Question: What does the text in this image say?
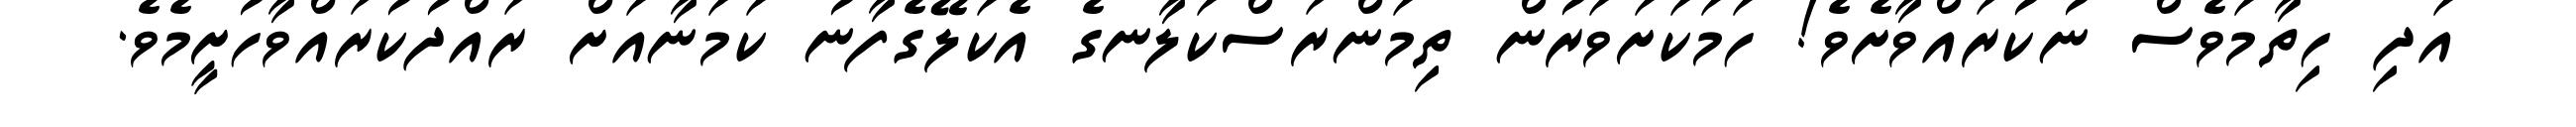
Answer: އަދި ހިތާމަވެސް ނުކުރައްވާށެވެ! ހަމަކަށަވަރުން ތިމަންރަސްކަލާނގެ އެކަލޭގެފާނު ކަމަނާއަށް ރައްދުކުރައްވާހުށީމެވެ.